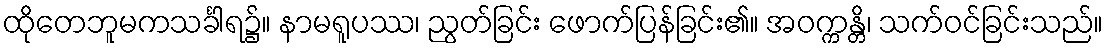
ထိုတေဘူမကသင်္ခါရ၌။ နာမရူပဿ၊ ညွတ်ခြင်း ဖောက်ပြန်ခြင်း၏။ အဝက္ကန္တိ၊ သက်ဝင်ခြင်းသည်။